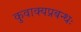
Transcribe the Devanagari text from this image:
कुवाक्यप्रबन्धः